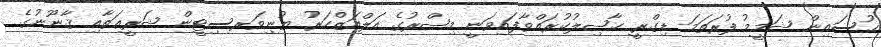
ޙުސައިން ޝަމީމު ފުރަތަމަ ޑިގްރީ ޙާޞިލުކުރައްވާފައިވަނީ މިޞްރުގެ އަލްއަޒްހަރު ޔުނިވަރސިޓީން ޝަރީޢަތާއި ޤާނޫނުގެ